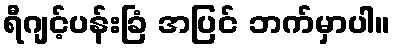
ရီဂျင့်ပန်းခြံ အပြင် ဘက်မှာပါ။